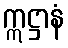
ဣဋ္ဌာနံ